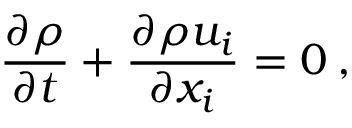
\frac { \partial \rho } { \partial t } + \frac { \partial \rho u _ { i } } { \partial x _ { i } } = 0 \: ,